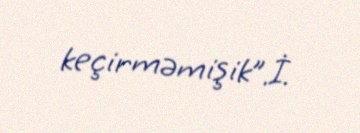
keçirməmişik”.İ.